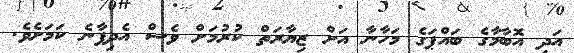
އަދި އޮބާމާގެ ބައްޕަގެ މަހާނާ އަށް ޒިޔާރަތް ކުރުމަށް ވެސް އެދިފާނެ ކަމަށެވެ.